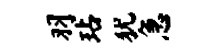
羽玷犹急